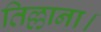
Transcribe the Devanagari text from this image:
तिल्लाना।